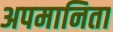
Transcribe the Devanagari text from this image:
अपमानिता